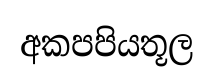
අකපපියතූල